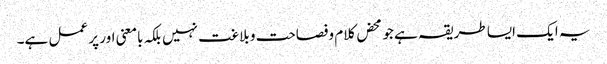
یہ ایک ایسا طریقہ ہے جو محض کلام وفصاحت و بلاغت نہیں بلکہ بامعنی اور پر عمل ہے۔